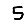
Digit: 5